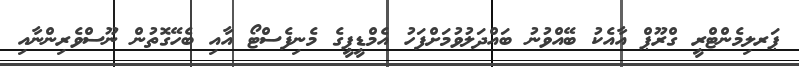
ޕަރލިމެންޓްރީ ގްރޫޕް އާއެކު ބޭއްވުނު ބައްދަލުވުމަށްފަހު އެމްޑީޕީގެ މެނިފެސްޓޯ އާއި ބެހޭގޮތުން ނޫސްވެރިންނާއި